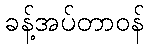
ခန့်အပ်တာဝန်